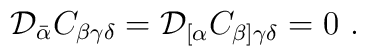
{\cal D}_{\bar \alpha }C_{\beta \gamma \delta } ={\cal D}_{[\alpha }C_{\beta ]\gamma \delta } = 0 \ .